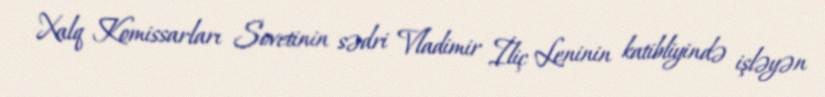
Xalq Komissarları Sovetinin sədri Vladimir İliç Leninin katibliyində işləyən